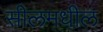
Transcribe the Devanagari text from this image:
सीलमधील